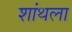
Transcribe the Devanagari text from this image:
शांथला